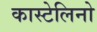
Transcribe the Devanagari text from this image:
कास्टेलिनो